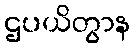
ဌပယိတွာန